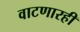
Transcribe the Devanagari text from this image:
वाटणारही